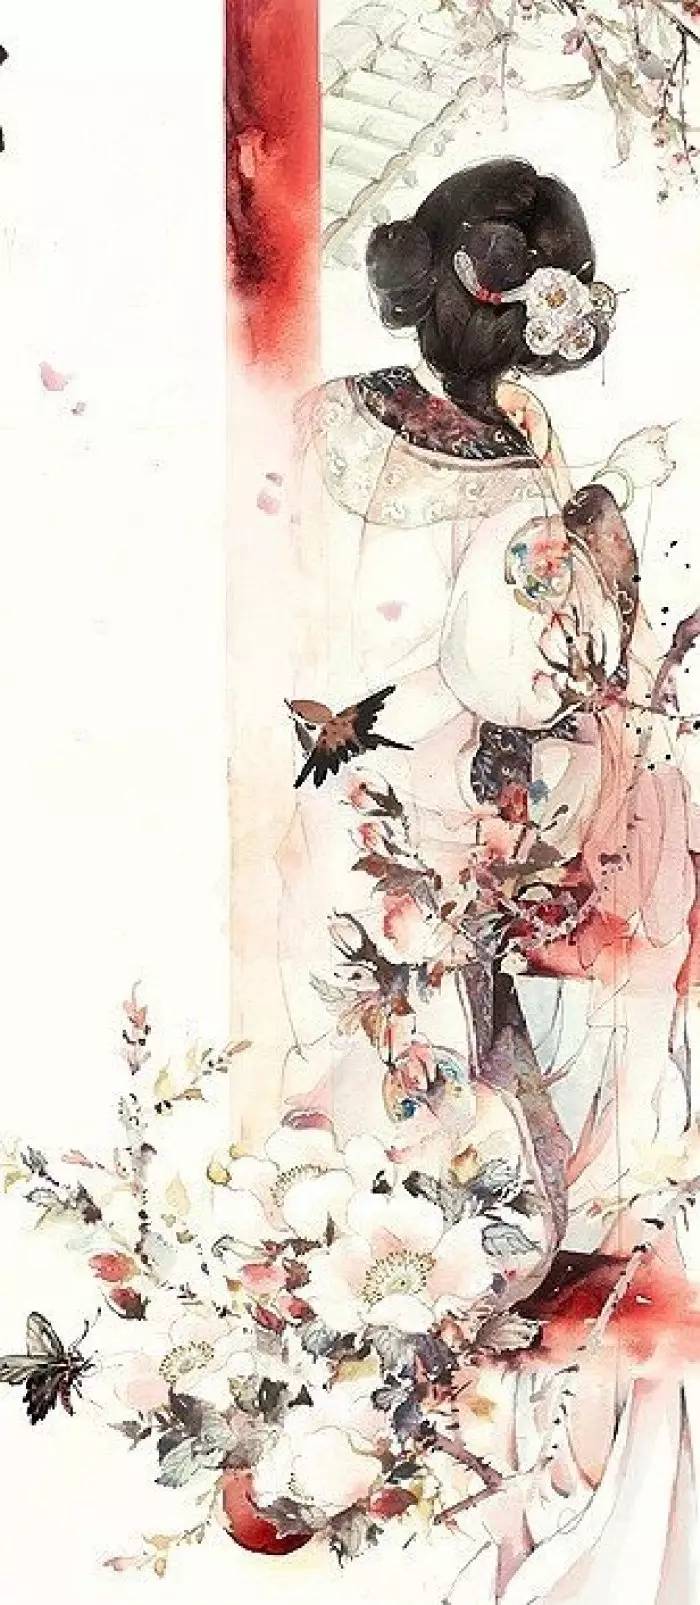
去意徊徨，别语愁难听。